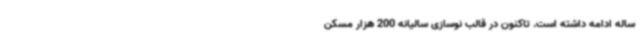
ساله ادامه داشته است. تاکنون در قالب نوسازی سالیانه 200 هزار مسکن